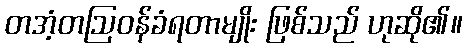
တအံ့တဩဝန်ခံရတာမျိုး ဖြစ်သည် ဟုဆို၏။